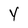
Character: y